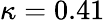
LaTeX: \kappa=0.41